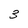
Character: 3